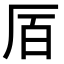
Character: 𫨅